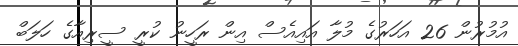
އުމުރުން 26 އަަހަރުގެ މުލާ އައިއެސް އިން ރަހީނު ކުރީ ސީރިއާގެ ހަލަބް